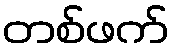
တစ်ဖက်